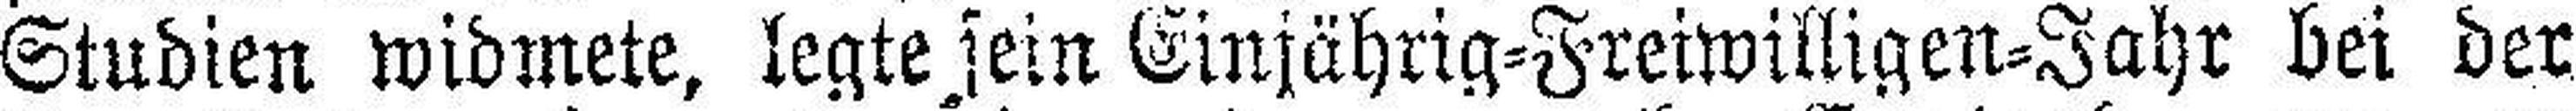
Studien widmete, legte sein Einjährig=Freiwilligen=Jahr bei der